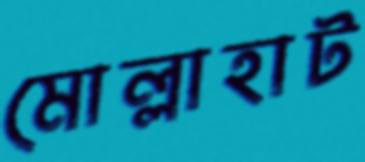
মোল্লাহাট